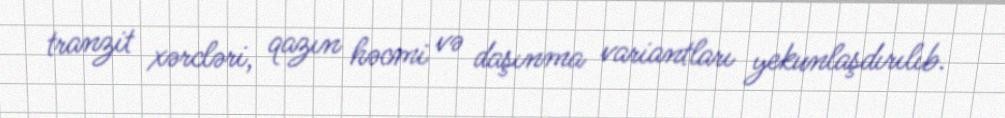
tranzit xərcləri, qazın həcmi və daşınma variantları yekunlaşdırılıb.